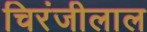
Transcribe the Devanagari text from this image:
चिरंजीलाल